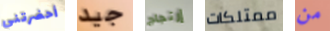
أحضرتني جيد إرتجاج ممتلكات من